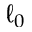
\ell _ { 0 }